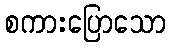
စကားပြောသော